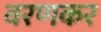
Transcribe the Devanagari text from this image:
वरणकर